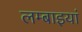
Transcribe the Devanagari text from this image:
लम्बाइयां